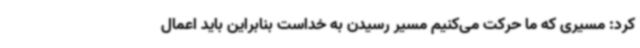
کرد: مسیری که ما حرکت می‌کنیم مسیر رسیدن به خداست بنابراین باید اعمال